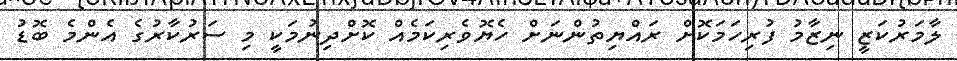
ލާމަރުކަޒީ ނިޒާމު ފުރިހަމަކޮށް ރައްޔިތުންނަށް ހެޔޮވެރިކަމެއް ކޮށްދިނުމަކީ މި ސަރުކާރުގެ އެންމެ ބޮޑު